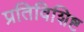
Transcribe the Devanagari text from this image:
प्रतिविशिष्ट